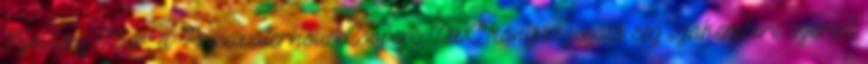
Almássy Tibor, a PricewaterhouseCoopers PwC könyvvizsgáló cég szakembere szerint